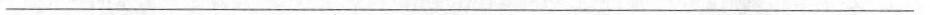
___